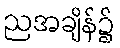
ညအချိန်၌